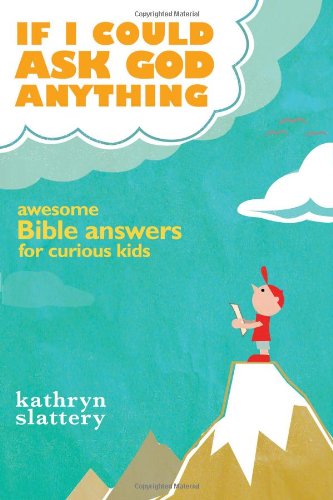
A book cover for If I Could Ask God Anything: Awesome Bible Answers for Curious Kids; Kathryn Slattery; Christian Books & Bibles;